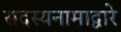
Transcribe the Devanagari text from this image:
सदस्यनामाद्वारे